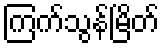
ကြက်သွန်မြိတ်